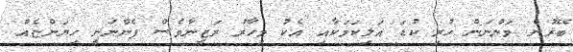
ބޭރުން ވަންނަން ހުރި ކުޑަ އަލިކަމަކާއި އެކު މިހާރު ރަޒީނާވެސް ފެންނަނީ ހިޔަންޏެއް